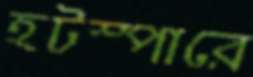
হটস্পারে